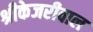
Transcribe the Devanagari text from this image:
श्रीकेजरीवाल